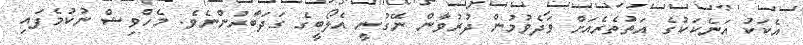
އެކަކު އަނެކަކުގެ އަތުތެރެއަށް ވަދެވުމުން ދުރުވާން ނޭގުނީ އެލޯބީގެ ގަދަބާރުންނެވެ. މެހްވިޝް ނުކުމެފައި